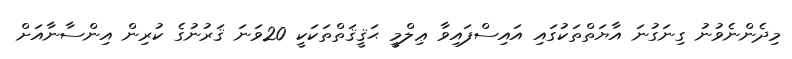
މިދެންނެވުނު ގިނަގުނަ އާޔަތްތަކުގައި އައިސްފައިވާ ޢިލްމީ ޙަޤީޤަތްތަކަކީ 20ވަނަ ޤަރުނުގެ ކުރިން އިންސާނާއަށް